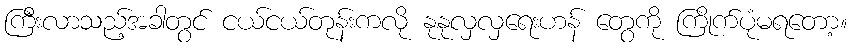
ကြီးလာသည့်အခါတွင် ငယ်ငယ်တုန်းကလို နုနုလှလှရေးဟန် တွေကို ကြိုက်ပုံမရတော့။